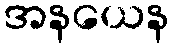
အနယေန